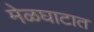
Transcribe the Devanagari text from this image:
मेळघाटात